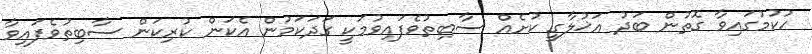
ހުކުމުގައިވާ ގޮތުން ބަދު އަޚުލާގީ ކުށެއް ސާބިތުވެފައިވުމަކީ ގަދަކަމުން އެކަން ކުރިކަން ސާބިތުވެފައިވާ